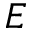
E